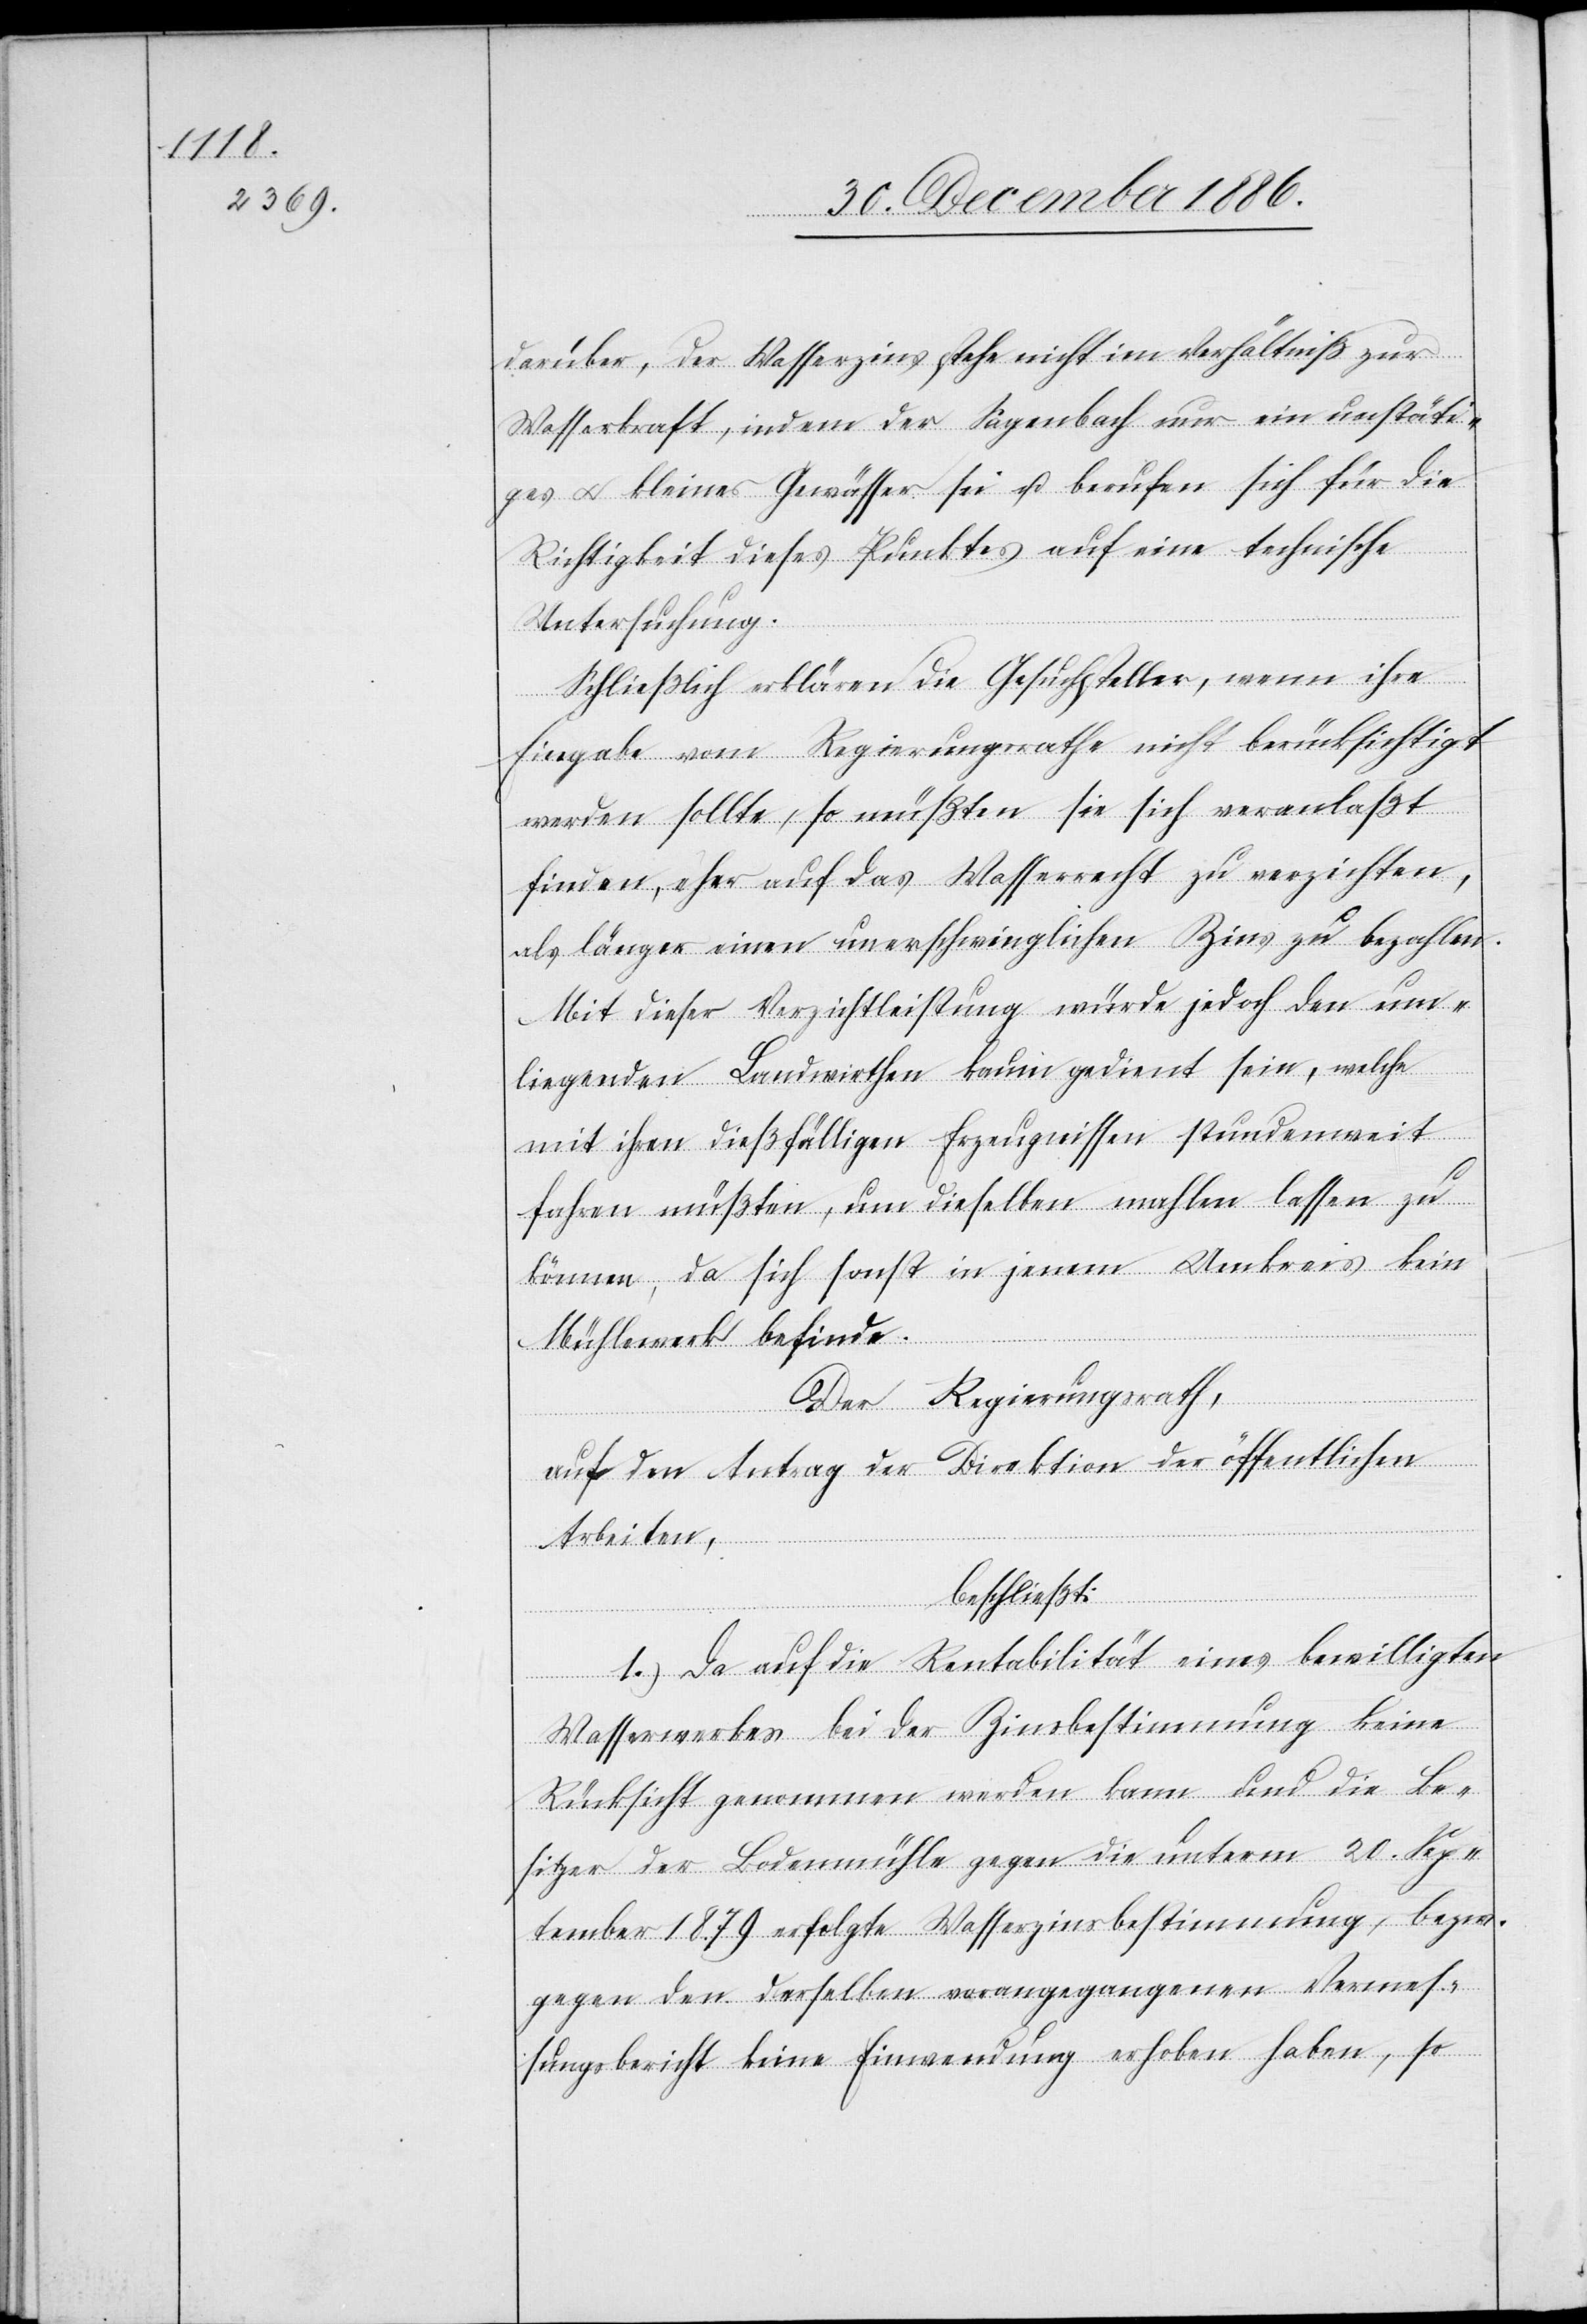
darüber, der Wasserzins stehe nicht im Verhältniß zur
Wasserkraft, indem der Sagenbach nur ein unstäti¬
ges & kleines Gewässer sei u. berufen sich für die
Richtigkeit dieses Punktes auf eine technische
Untersuchung.
Schließlich erklären die Gesuchsteller, wenn ihre
Eingabe vom Regierungsrathe nicht berücksichtigt
werden sollte, so müßten sie sich veranlaßt
finden, eher auf das Wasserrecht zu verzichten,
als länger einen unerschwinglichen Zins zu bezahlen.
Mit dieser Verzichtleistung würde jedoch den um¬
liegenden Landwirthen kaum gedient sein, welche
mit ihren dießfälligen Erzeugnissen stundenweit
fahren müßten, um dieselben mahlen lassen zu
können, da sich sonst in jenem Umkreis kein
Mühlewerk befinde.
Der Regierungsrath,
auf den Antrag der Direktion der öffentlichen
Arbeiten,
beschließt:
1.) Da auf die Rentabilität eines bewilligten
Wasserwerkes bei der Zinsbestimmung keine
Rücksicht genommen werden kann und die Be¬
sitzer der Bodenmühle gegen die unterm 20. Sep¬
tember 1879 erfolgte Wasserzinsbestimmung, bezw.
gegen den derselben vorangegangenen Vermes¬
sungsbericht keine Einwendung erhoben haben, so